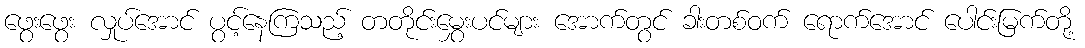
ဖွေးဖွေး လှုပ်အောင် ပွင့်နေကြသည့် တတိုင်းမွှေးပင်များ အောက်တွင် ခါးတစ်ဝက် ရောက်အောင် ပေါင်းမြက်တို့